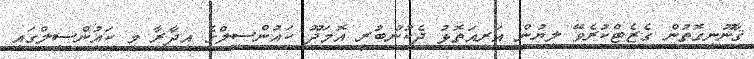
ޤާނޫނީގޮތުން ގެޒެޓްކުރެވޭ ލިޔުން އަރިއަތޮޅު ދެކުނުބުރީ އޮމަދޫ ކައުންސިލްގެ އިދާރާ މި ކައުންސިލްގައި